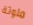
ملوثة